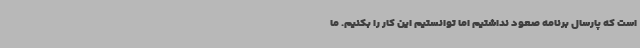
است که پارسال برنامه صعود نداشتیم اما توانستیم این کار را بکنیم. ما